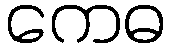
ကေဓ